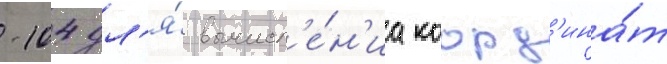
-104 дл'я́ вычисл'е́н'иа коорд'ина́т